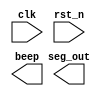
`timescale 1ns / 1ps

//mode
//0: countdown
//1: winner each round
//2: final winner in scan_tube
//3: rejudge
module tube#(parameter mode=0)(
    input clk,
    input rst_n,
    output reg seg_out,
    output reg beep
);

   
    
    
endmodule